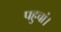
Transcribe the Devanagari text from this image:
पहुचां।